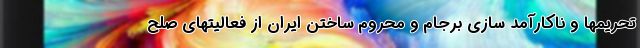
تحریمها و ناکارآمد سازی برجام و محروم ساختن ایران از فعالیتهای صلح